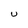
Character: U